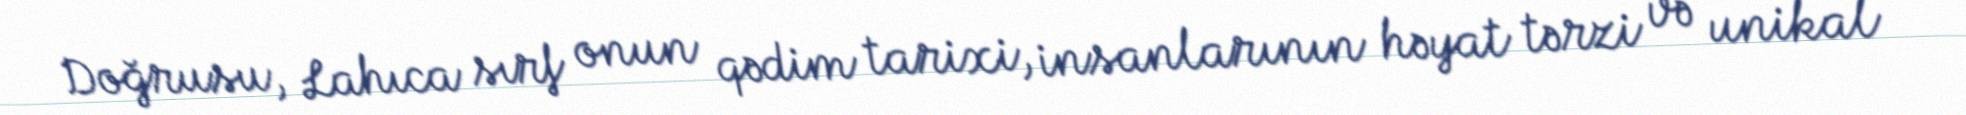
Doğrusu, Lahıca sırf onun qədim tarixi, insanlarının həyat tərzi və unikal